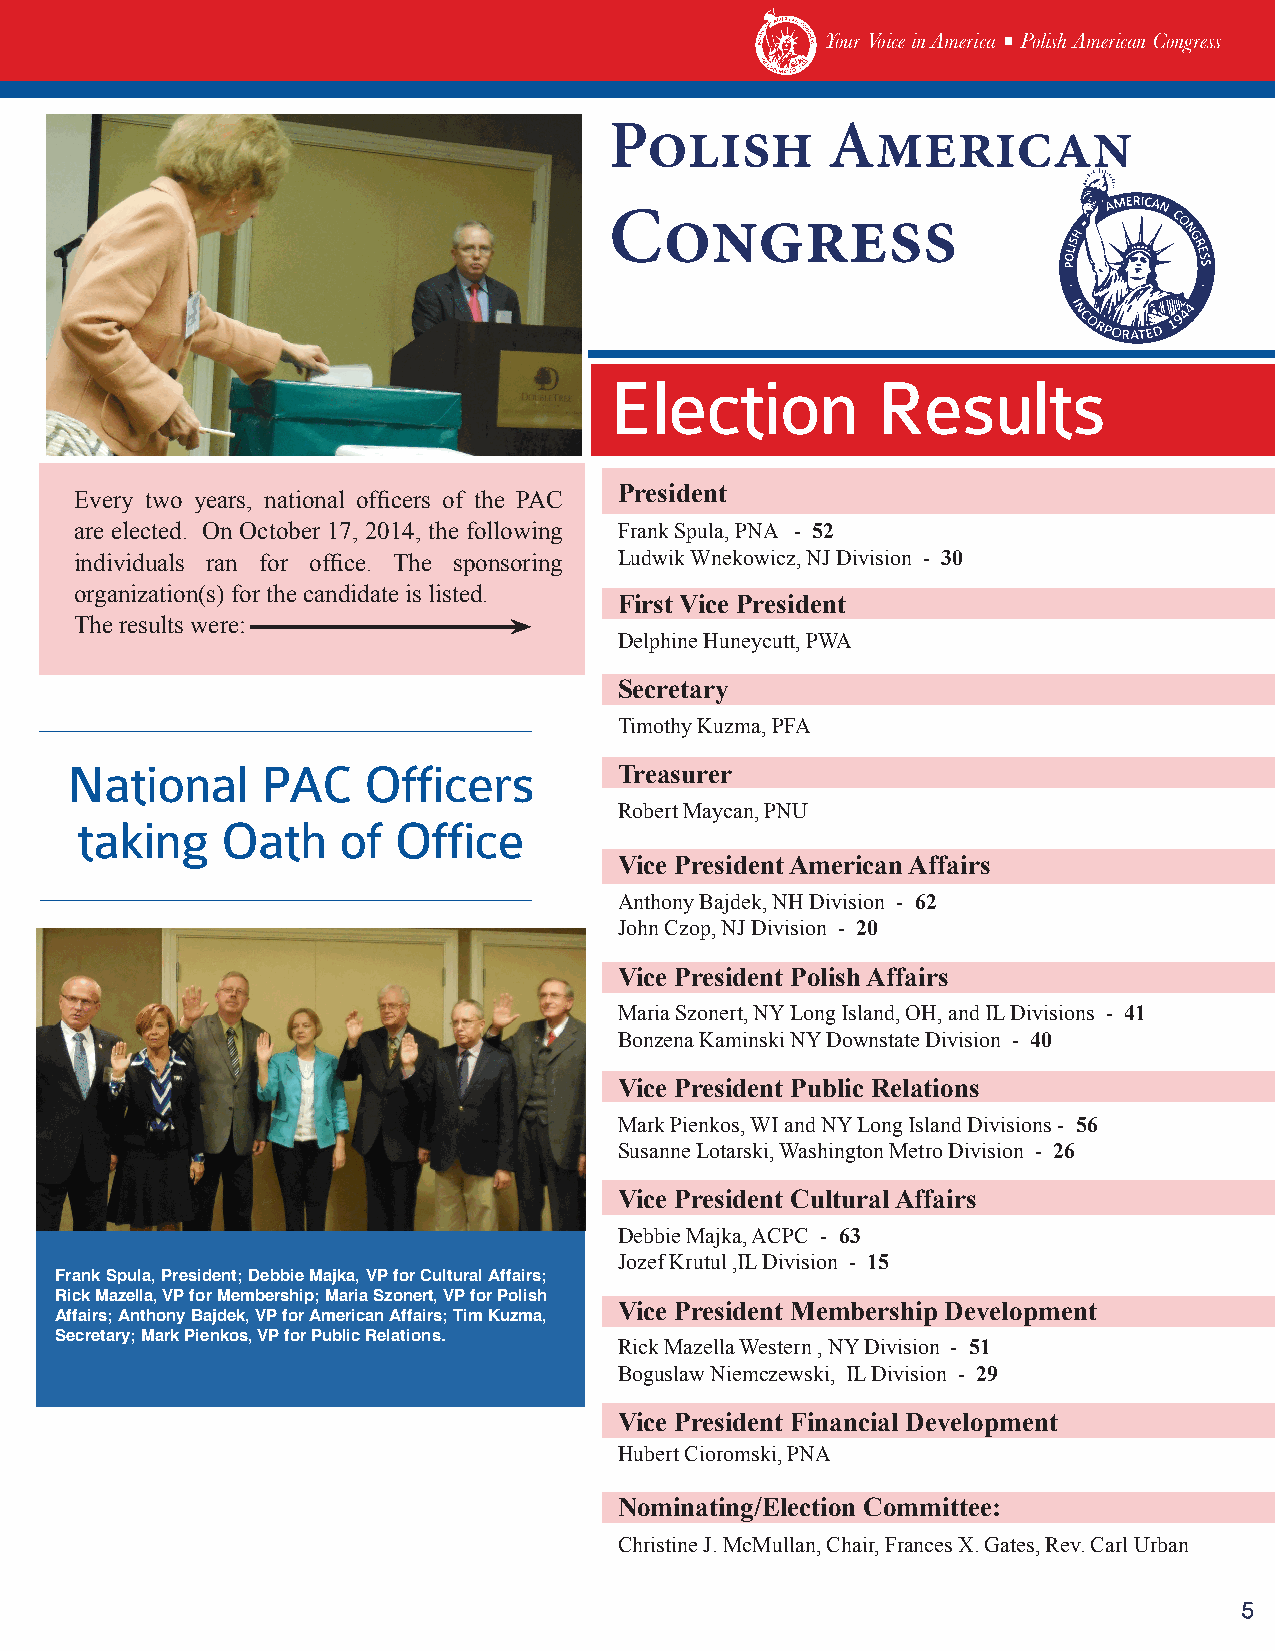
YYoouurr VVooiiccee iinn AAmmeerriiccaa ■■ PPoolliisshh AAmmeerriiccaann CCoonnggrreessss
 Polish         American
 Congress
 Election          Results
 President
 Every two years, national officers of the PAC
 are elected. On October 17, 2014, the following Frank Spula, PNA - 52
 individuals ran for office. The sponsoring Ludwik Wnekowicz, NJ Division - 30
 organization(s) for the candidate is listed.
 First Vice President
 The results were:
 Delphine Huneycutt, PWA
 Secretary
 Timothy Kuzma, PFA
 National     PAC    Officers         Treasurer
 Robert Maycan, PNU
 taking    Oath   of  Office
 Vice President American Affairs
 Anthony Bajdek, NH Division - 62
 John Czop, NJ Division - 20
 Vice President Polish Affairs
 Maria Szonert, NY Long Island, OH, and IL Divisions - 41
 Bonzena Kaminski NY Downstate Division - 40
 Vice President Public Relations
 Mark Pienkos, WI and NY Long Island Divisions - 56
 Susanne Lotarski, Washington Metro Division - 26
 Vice President Cultural Affairs
 Debbie Majka, ACPC - 63
 Jozef Krutul ,IL Division - 15
 Frank Spula, President; Debbie Majka, VP for Cultural Affairs;
 Rick Mazella, VP for Membership; Maria Szonert, VP for Polish
 Vice President Membership Development
 Affairs; Anthony Bajdek, VP for American Affairs; Tim Kuzma,
 Secretary; Mark Pienkos, VP for Public Relations.
 Rick Mazella Western , NY Division - 51
 Boguslaw Niemczewski, IL Division - 29
 Vice President Financial Development
 Hubert Cioromski, PNA
 Nominating/Election Committee:
 Christine J. McMullan, Chair, Frances X. Gates, Rev. Carl Urban
 5